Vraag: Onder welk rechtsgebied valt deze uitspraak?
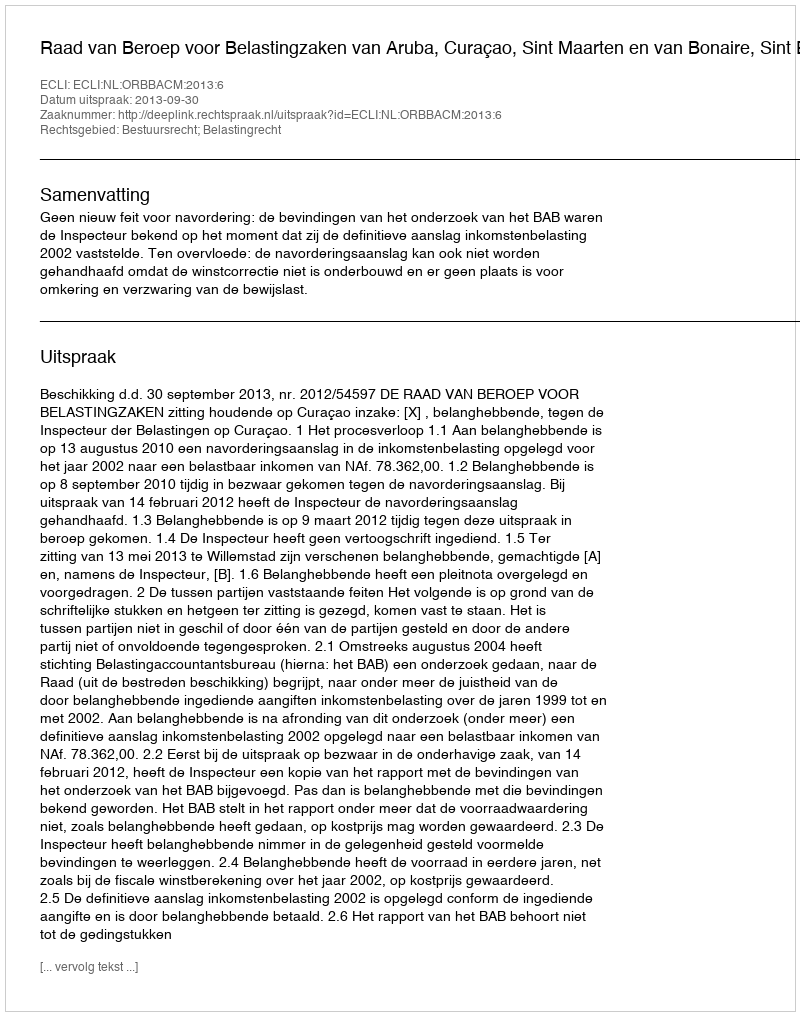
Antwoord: Bestuursrecht; Belastingrecht